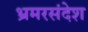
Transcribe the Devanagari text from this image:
भ्रमरसंदेश